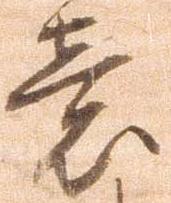
意